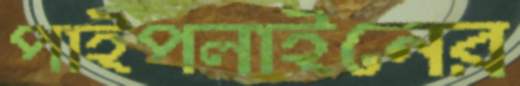
পাইপলাইনের